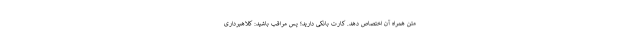
متن همراه آن اختصاص دهد. کارت بانکی دارید؛ پس مراقب باشید: کلاهبرداری